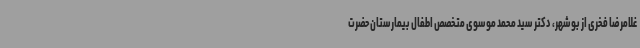
غلامرضا فخری از بوشهر، دکتر سید محمد موسوی متخصص اطفال بیمارستان حضرت